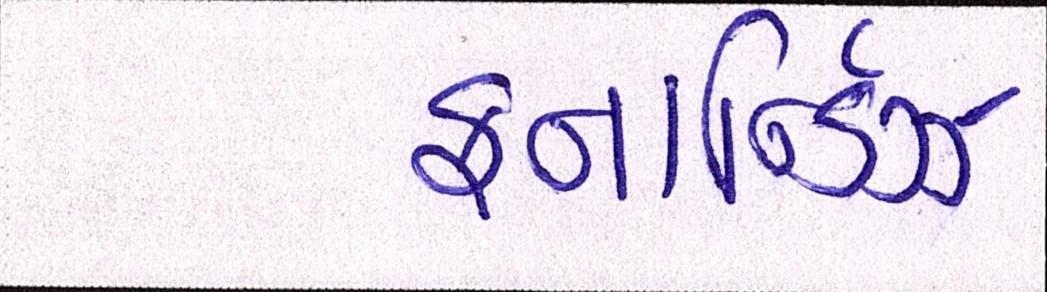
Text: ફનાર્ન્ડિઝ